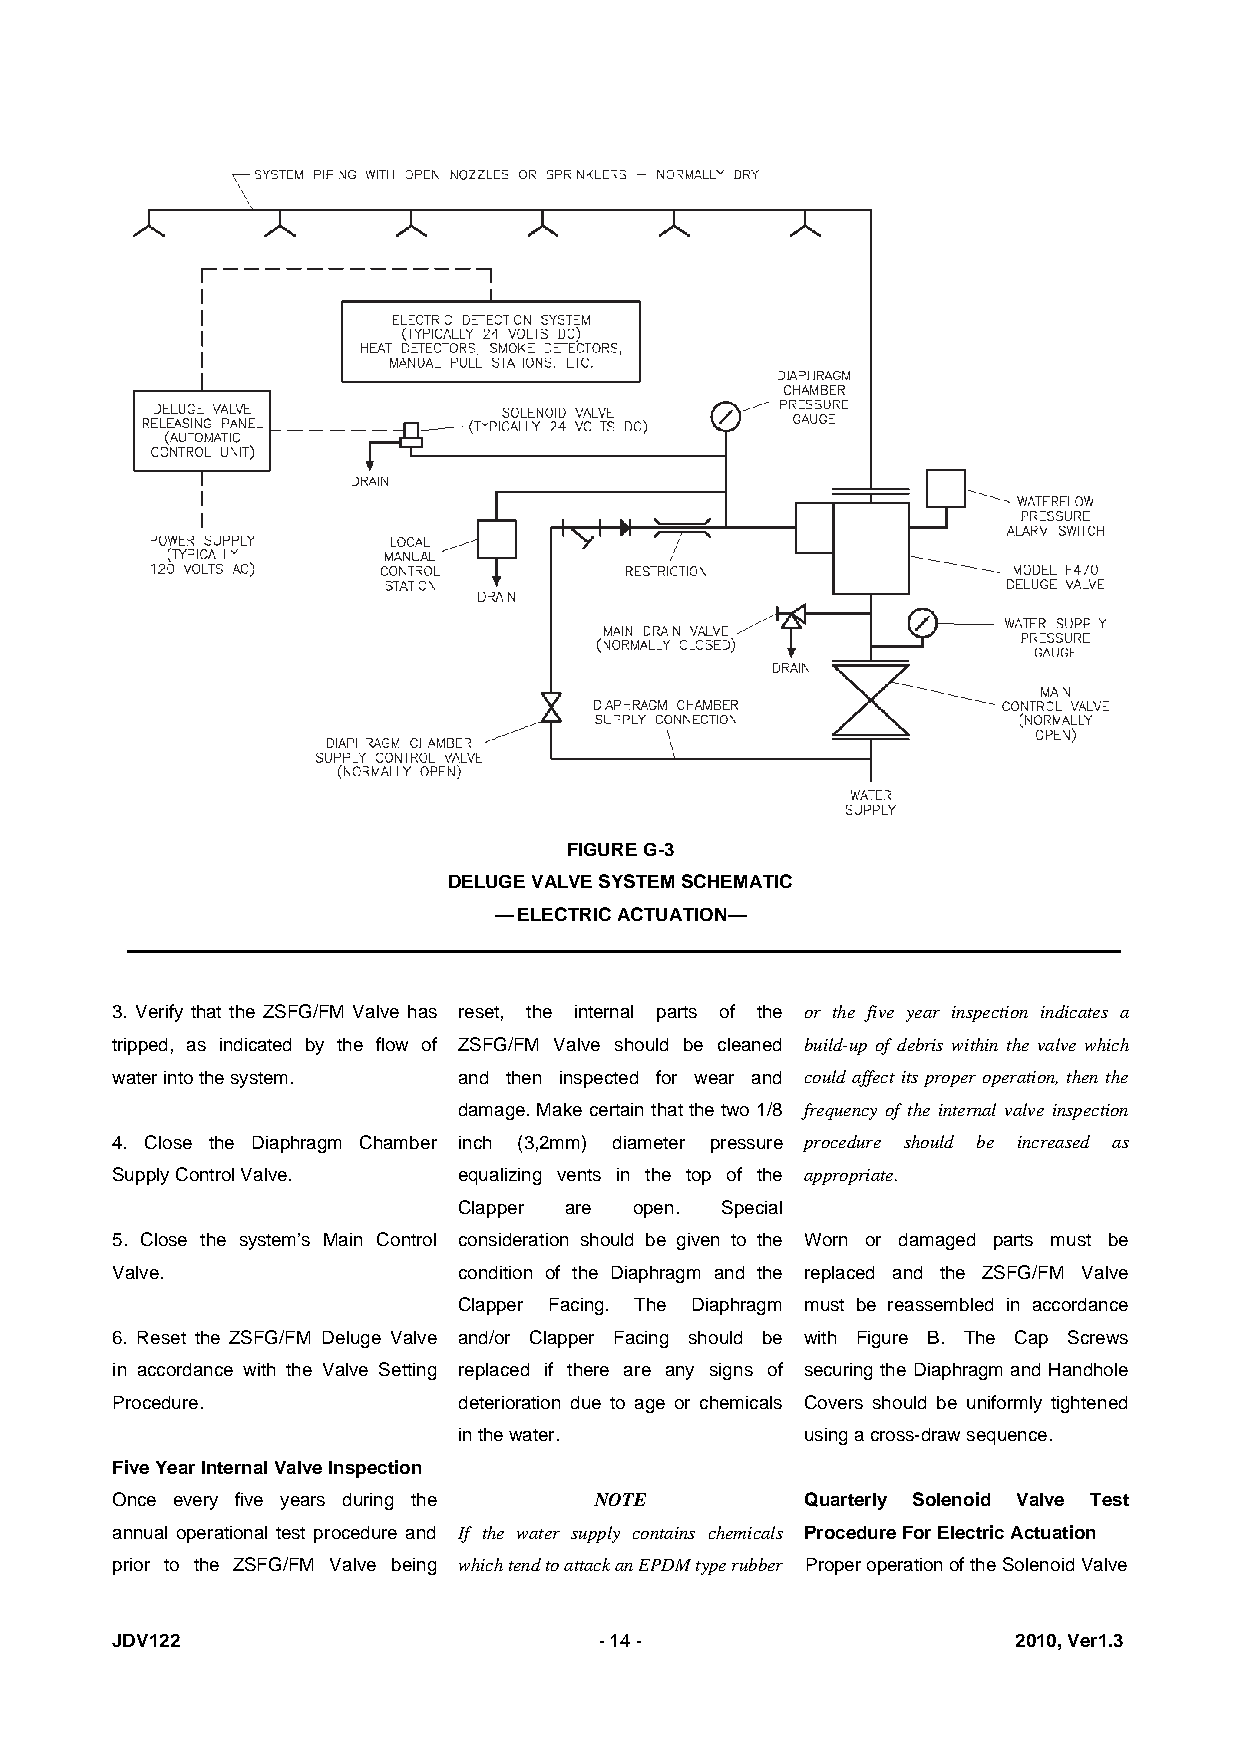
FIGUREG-3
 DELUGEVALVESYSTEMSCHEMATIC
 —ELECTRICACTUATION—
 3. Verify that the ZSFG/FM Valve has reset, the internal parts of the or the five year inspection indicates a
 tripped, as indicated by the flow of ZSFG/FM Valve should be cleaned build-up of debris within the valve which
 waterintothesystem.    and then inspected for wear and could affect its proper operation, then the
 damage.Makecertainthatthetwo 1/8 frequency of the internal valve inspection
 4. Close the Diaphragm Chamber inch (3,2mm) diameter pressure procedure should be increased as
 SupplyControlValve.    equalizing vents in the top of the appropriate.
 Clapper are open. Special
 5. Close the system’s Main Control consideration should be given to the Worn or damaged parts must be
 Valve.                 condition of the Diaphragm and the replaced and the ZSFG/FM Valve
 Clapper Facing. The Diaphragm must be reassembled in accordance
 6. Reset the ZSFG/FM Deluge Valve and/or Clapper Facing should be with Figure B. The Cap Screws
 in accordance with the Valve Setting replaced if there are any signs of securingtheDiaphragm andHandhole
 Procedure.             deterioration due to age or chemicals Covers should be uniformly tightened
 inthewater.            usingacross-drawsequence.
 FiveYearInternalValveInspection
 Once every five years during the NOTE         Quarterly Solenoid Valve Test
 annual operational test procedure and If the water supply contains chemicals ProcedureForElectricActuation
 prior to the ZSFG/FM Valve being whichtendtoattackanEPDMtyperubber ProperoperationoftheSolenoidValve
 JDV122                           -14-                       2010,Ver1.3